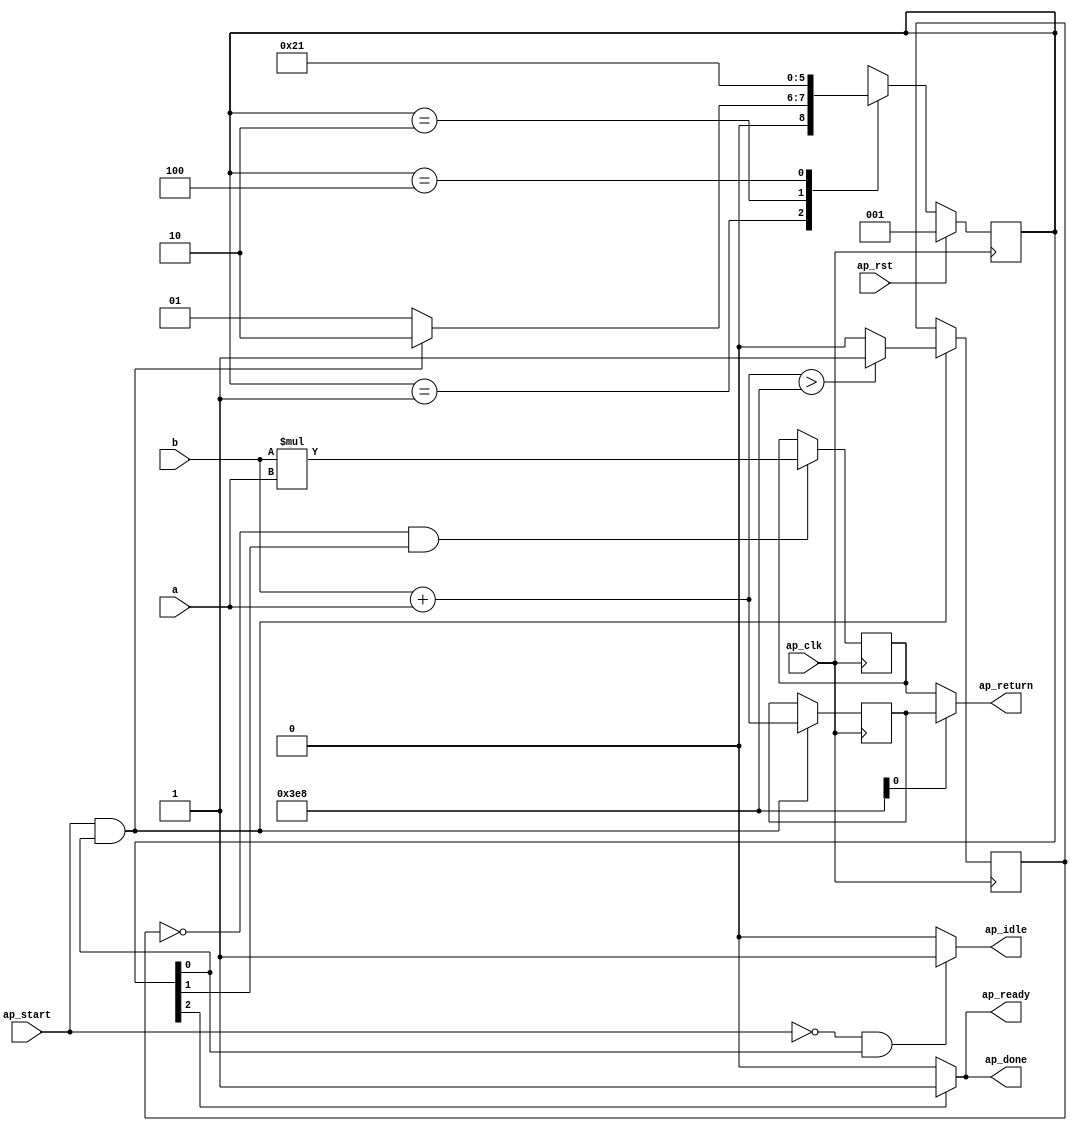
module calculate_1 (
        ap_clk,
        ap_rst,
        ap_start,
        ap_done,
        ap_idle,
        ap_ready,
        a,
        b,
        ap_return
);

parameter    ap_ST_fsm_state1 = 3'd1;
parameter    ap_ST_fsm_state2 = 3'd2;
parameter    ap_ST_fsm_state3 = 3'd4;

input   ap_clk;
input   ap_rst;
input   ap_start;
output   ap_done;
output   ap_idle;
output   ap_ready;
input  [31:0] a;
input  [31:0] b;
output  [31:0] ap_return;

reg ap_done;
reg ap_idle;
reg ap_ready;

(* fsm_encoding = "none" *) reg   [2:0] ap_CS_fsm;
wire    ap_CS_fsm_state1;
wire   [31:0] value_fu_28_p2;
reg   [31:0] value_reg_59;
wire   [0:0] tmp_fu_34_p2;
reg   [0:0] tmp_reg_64;
wire   [31:0] tmp_1_fu_40_p2;
reg   [31:0] tmp_1_reg_69;
wire    ap_CS_fsm_state2;
wire  signed [31:0] value_fu_28_p0;
wire  signed [31:0] value_fu_28_p1;
wire  signed [31:0] tmp_1_fu_40_p0;
wire  signed [31:0] tmp_1_fu_40_p1;
wire    ap_CS_fsm_state3;
reg   [2:0] ap_NS_fsm;

// power-on initialization
initial begin
#0 ap_CS_fsm = 3'd1;
end

always @ (posedge ap_clk) begin
    if (ap_rst == 1'b1) begin
        ap_CS_fsm <= ap_ST_fsm_state1;
    end else begin
        ap_CS_fsm <= ap_NS_fsm;
    end
end

always @ (posedge ap_clk) begin
    if (((tmp_reg_64 == 1'd0) & (1'b1 == ap_CS_fsm_state2))) begin
        tmp_1_reg_69 <= tmp_1_fu_40_p2;
    end
end

always @ (posedge ap_clk) begin
    if (((ap_start == 1'b1) & (1'b1 == ap_CS_fsm_state1))) begin
        tmp_reg_64 <= tmp_fu_34_p2;
        value_reg_59 <= value_fu_28_p2;
    end
end

always @ (*) begin
    if ((1'b1 == ap_CS_fsm_state3)) begin
        ap_done = 1'b1;
    end else begin
        ap_done = 1'b0;
    end
end

always @ (*) begin
    if (((ap_start == 1'b0) & (1'b1 == ap_CS_fsm_state1))) begin
        ap_idle = 1'b1;
    end else begin
        ap_idle = 1'b0;
    end
end

always @ (*) begin
    if ((1'b1 == ap_CS_fsm_state3)) begin
        ap_ready = 1'b1;
    end else begin
        ap_ready = 1'b0;
    end
end

always @ (*) begin
    case (ap_CS_fsm)
        ap_ST_fsm_state1 : begin
            if (((ap_start == 1'b1) & (1'b1 == ap_CS_fsm_state1))) begin
                ap_NS_fsm = ap_ST_fsm_state2;
            end else begin
                ap_NS_fsm = ap_ST_fsm_state1;
            end
        end
        ap_ST_fsm_state2 : begin
            ap_NS_fsm = ap_ST_fsm_state3;
        end
        ap_ST_fsm_state3 : begin
            ap_NS_fsm = ap_ST_fsm_state1;
        end
        default : begin
            ap_NS_fsm = 'bx;
        end
    endcase
end

assign ap_CS_fsm_state1 = ap_CS_fsm[32'd0];

assign ap_CS_fsm_state2 = ap_CS_fsm[32'd1];

assign ap_CS_fsm_state3 = ap_CS_fsm[32'd2];

assign ap_return = ((tmp_reg_64_temp1) ? value_reg_59 : tmp_1_reg_69);

assign tmp_reg_64_temp1 = tmp_reg_64_temp & 1'd1;

assign tmp_1_fu_40_p0 = b;

assign tmp_1_fu_40_p1 = a;

assign tmp_1_fu_40_p2 = ($signed(tmp_1_fu_40_p0) * $signed(tmp_1_fu_40_p1));

assign tmp_fu_34_p2 = (($signed(value_fu_28_p2) > $signed(32'd1000)) ? 1'b1 : 1'b0);

assign value_fu_28_p0 = b;

assign value_fu_28_p1 = a;

assign value_fu_28_p2 = ($signed(value_fu_28_p0) + $signed(value_fu_28_p1));

endmodule